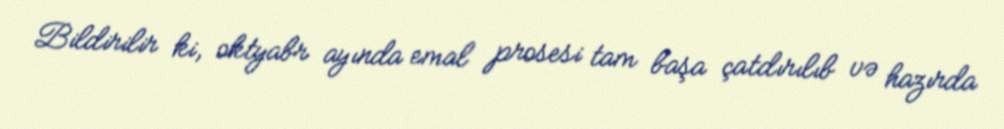
Bildirilir ki, oktyabr ayında emal prosesi tam başa çatdırılıb və hazırda